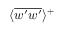
\textlangle \overline { { w ^ { \prime } w ^ { \prime } } } \textrangle ^ { + }